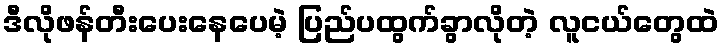
ဒီလိုဖန်တီးပေးနေပေမဲ့ ပြည်ပထွက်ခွာလိုတဲ့ လူငယ်တွေထဲ